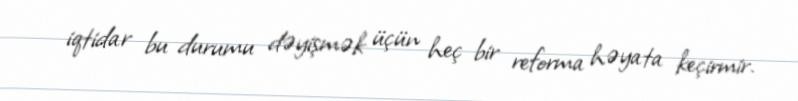
iqtidar bu durumu dəyişmək üçün heç bir reforma həyata keçirmir.